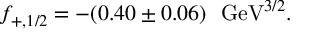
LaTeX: f _ { + , 1 / 2 } = - ( 0 . 4 0 \pm 0 . 0 6 ) ~ ~ \mathrm { G e V } ^ { 3 / 2 } .